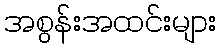
အစွန်းအထင်းများ